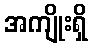
အကျိုးရှိ